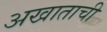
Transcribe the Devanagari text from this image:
अखाताची